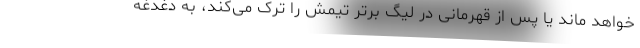
خواهد ماند یا پس از قهرمانی در لیگ برتر تیمش را ترک می‌کند، به دغدغه